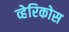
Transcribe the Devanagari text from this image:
व्हेरिकोस